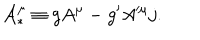
{ \cal A } _ { \ast } ^ { \mu } \equiv g A ^ { \mu } - g ^ { \prime } A ^ { \mu } j .